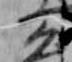
公